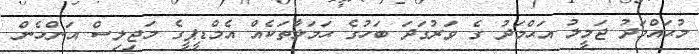
މުޙައްމަދު ޖަމީލު އަޙްމަދު ގެ ވަރުގަދަ ބަހުގެ ޙަމަލާތަކެއް އެމްޑީޕީގެ މަޖިލިސް އަންހެން